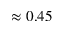
\approx 0 . 4 5